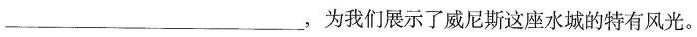
___，为我们展示了威尼斯这座水城的特有风光。